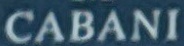
CABANI